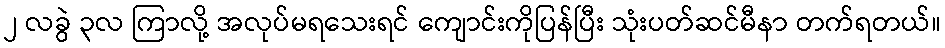
၂ လခွဲ ၃လ ကြာလို့ အလုပ်မရသေးရင် ကျောင်းကိုပြန်ပြီး သုံးပတ်ဆင်မီနာ တက်ရတယ်။